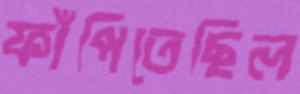
ফাঁপিতেছিল